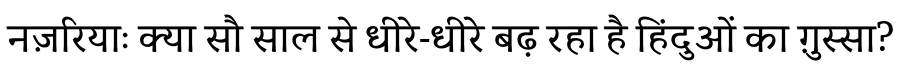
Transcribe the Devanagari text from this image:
नज़रियाः क्या सौ साल से धीरे-धीरे बढ़ रहा है हिंदुओं का ग़ुस्सा?